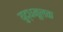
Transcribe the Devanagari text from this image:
युद्धमूलक